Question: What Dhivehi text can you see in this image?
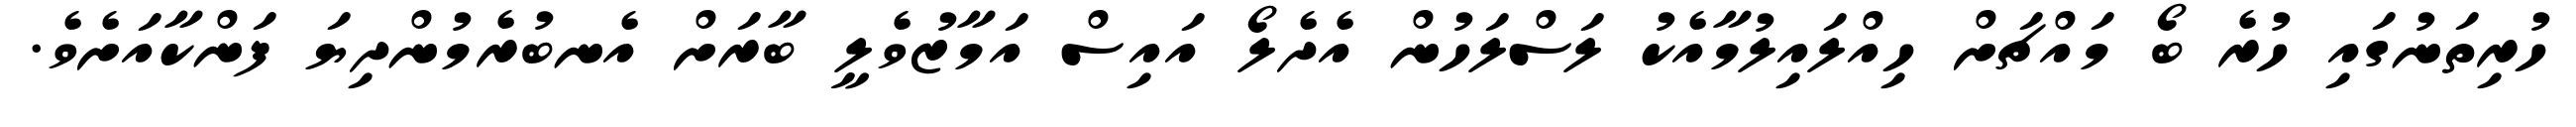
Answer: ހުރިތަނުގައި ހުރެ ބޯ މައްޗަށް ހިއްލައިލުމާއެކު ލަސްލަހުން އެދެލޯ އައިސް އަމާޒުވެލީ ބާރަށް އެނބުރެމުންދިޔަ ފަންކާއަށެވެ.